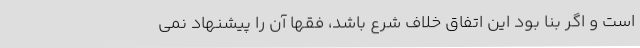
است و اگر بنا بود این اتفاق خلاف شرع باشد، فقها آن را پیشنهاد نمی